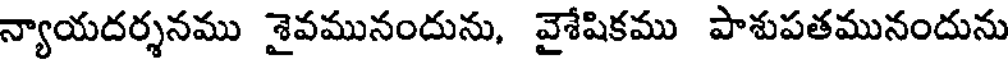
న్యాయదర్శనము శైవమునందును, వైశేషికము పాశుపతమునందును